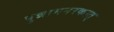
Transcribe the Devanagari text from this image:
पुन्नामनरकात्